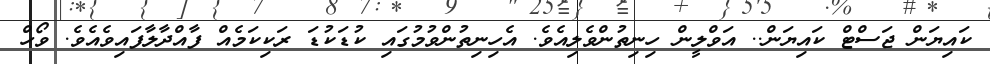
ކައިޔަން ޖަސްޓް ކައިޔަން.. އަވްލީން ހިނިތުންވެލިއެވެ. އެހިނިތުންވުމުގައި ކުޑަކުޑަ ރަކިކަމެއް ފާއްދާލާފައިވެއެވެ. ވޯހް